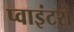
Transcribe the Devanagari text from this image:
प्वाइंटरों